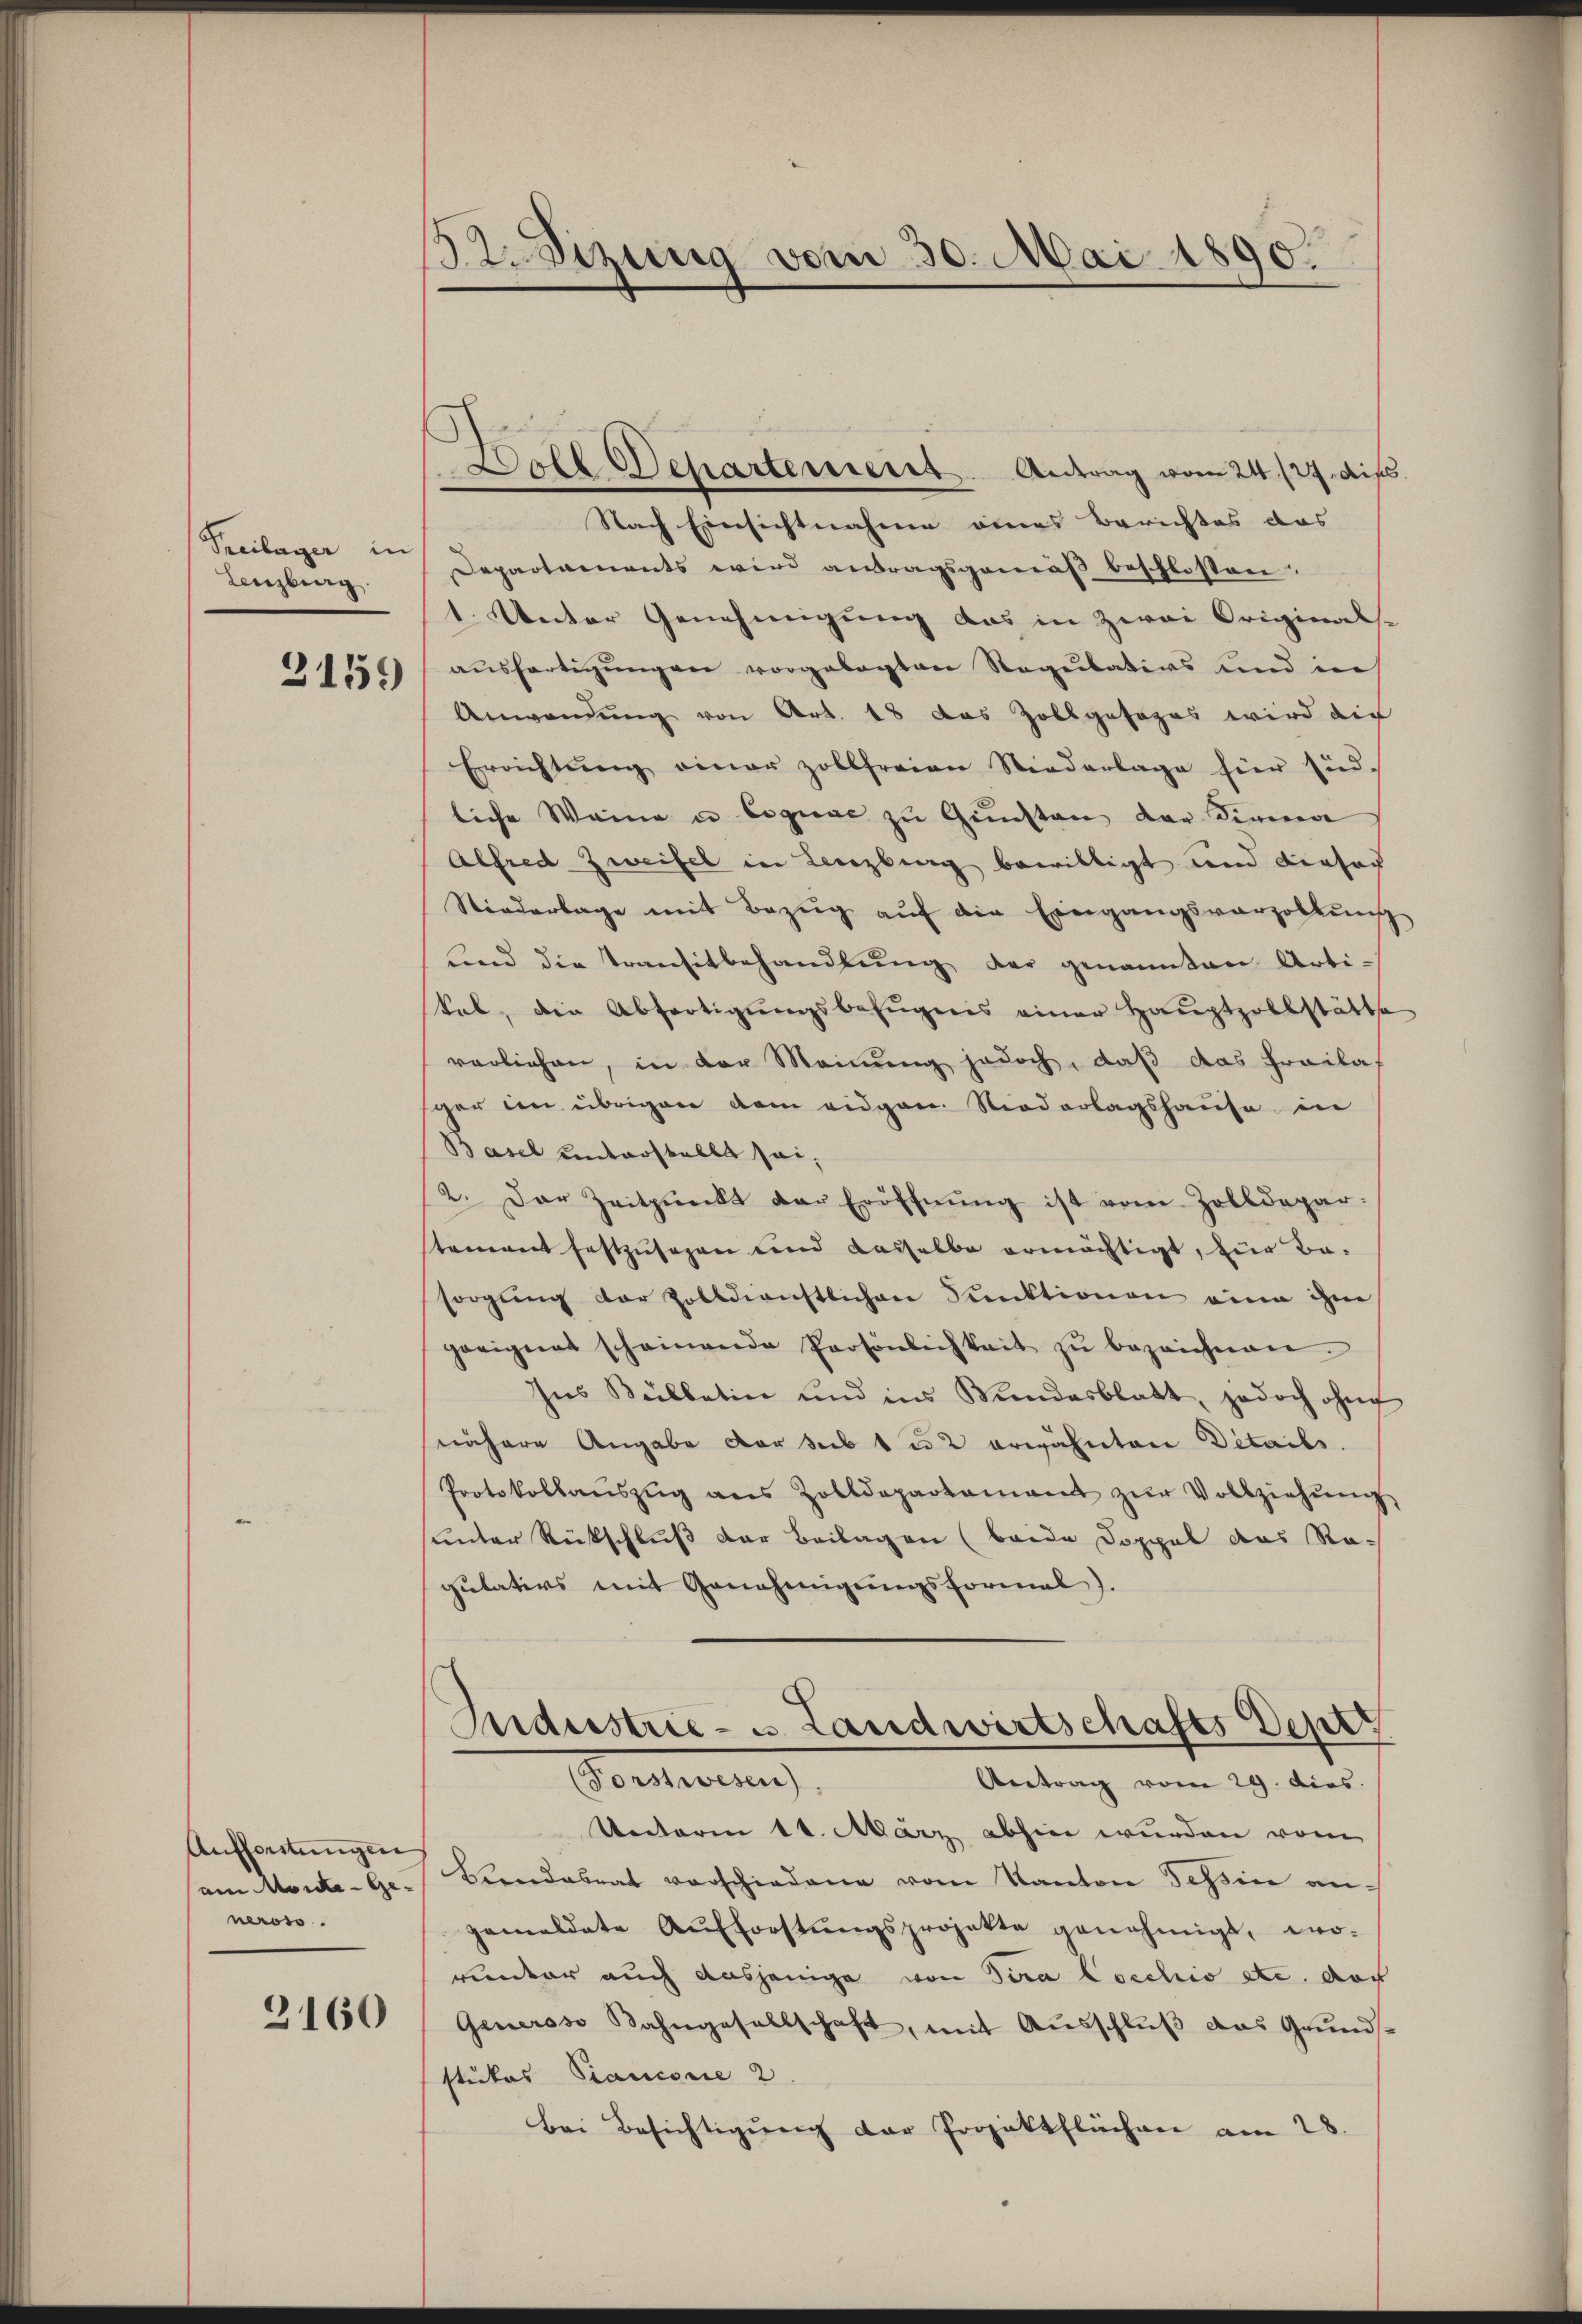
Freilager in
Lenzburg

3159

Aufforstungen
am Morde- Generoso.

2160

132. Sizung vom 30. Mai 1890.

Forel Departement. Antrag vom 24. 127. dip
Nach Einsichtnahme eines Berichtes das
Departaments wird antragsgemäß beschlossen,
1. Unter Genehmigung das in zwei Original-
aŭsfertigŭngen vorgelegten Regulatios und in
Anwendung von Art. 18 das Zollgesages wird die
Errichtŭng einer zollfreien Niederlage für süd-
liche Weine u Cognac zu Gunsten der Sinnen
Alfred Zweifel in Lenzburg bewilligt und dieser
Niederlage mit Bezŭg aŭf die Eingangsverzollŭng
und die Transitbehandlŭng der genannten Artikal, die Abfertigŭngsbefugnis einer Haŭptzollstätte
vorliehen, in der Meinŭng jedoch, daß das Freilas
ger den übrigen dem eidgen. Niederlagshause in
Basel unterstellt sei,
2. Der Zeitpunckt der Eröffnŭng ist vom Zolldepar-
tement festzusagen und dasselbe ermächtigt, für Be-
sorgŭng der Zolldienstlichen Punktionen eine ihm
geeignet scheinende Persönlichkeit zŭ bezeichnen.
Ins Bülletin und ins Wundesblatt, jedoch ohne
nähere Angabe der sub 1 u 2 erwähnten Details.
Protokollaŭszŭg ans Zolldepartamant zŭr Vollziehŭng
unter Rückschluß der Beilagen (beide Doppel das Regulaters mit Genehmigungsformal).
¬
Mnaustrie - u. Landwirtschaftes Dept
Vorsterung
Antrag vom 29. dies
Unterm 11. März abhin wurden vom
Bendalrat verschiedene vom Kanton Tessin an-
gemeldete Aufforstŭngsprojekte genehmigt, wo-
runter auch dasjenige von Tira Cocchio etc. doch
Generoso Kahngesellschaft, mit Ausschluß das Grundsstukos Piancore 2
bei Besichtigung der Projektflächen am 28.